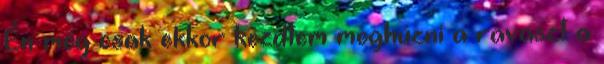
Én még csak ekkor kezdtem meghúzni a ravaszt a